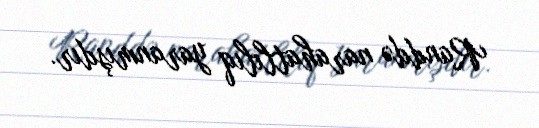
Randdə narahatlılıq yaranmışdır.